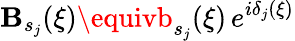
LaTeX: \mathbf{B}_{s_{j}}(\xi)\equivb_{s_{j}}(\xi)\, e^{i\delta_{j}(\xi)}